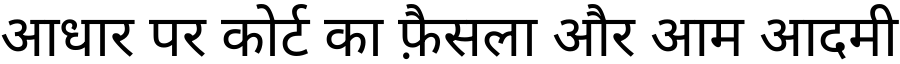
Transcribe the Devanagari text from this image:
आधार पर कोर्ट का फ़ैसला और आम आदमी